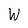
Character: W